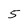
Character: 5